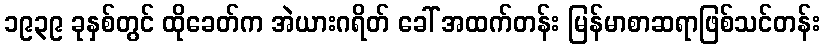
၁၉၃၉ ခုနှစ်တွင် ထိုခေတ်က အဲယားဂရိတ် ခေါ် အထက်တန်း မြန်မာစာဆရာဖြစ်သင်တန်း